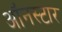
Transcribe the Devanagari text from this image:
ऑनस्टार